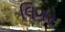
લિગર